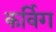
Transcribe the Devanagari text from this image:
कर्विग